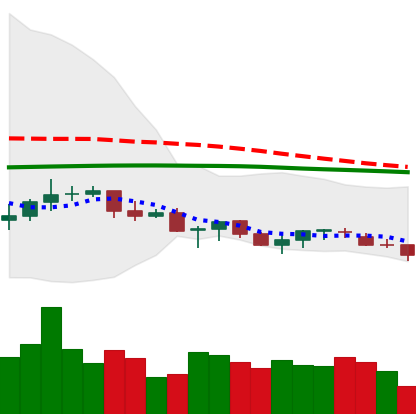
Ticker: XLM-USD
Chart end date: 2021-06-18
Forward return: -13.6%
Label: down_7plus